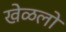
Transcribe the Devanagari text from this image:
खेळलो